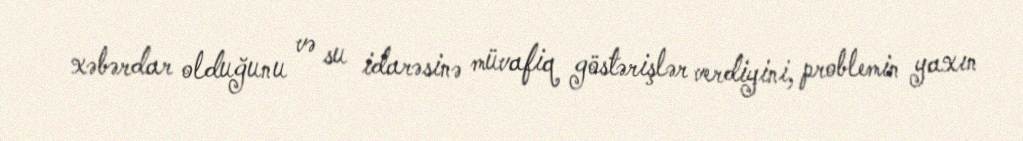
xəbərdar olduğunu və su idarəsinə müvafiq göstərişlər verdiyini, problemin yaxın